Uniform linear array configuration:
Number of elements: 48
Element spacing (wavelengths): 1
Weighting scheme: cosine
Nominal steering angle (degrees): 60
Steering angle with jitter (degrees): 59.945
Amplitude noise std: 0.05
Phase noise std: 0.05

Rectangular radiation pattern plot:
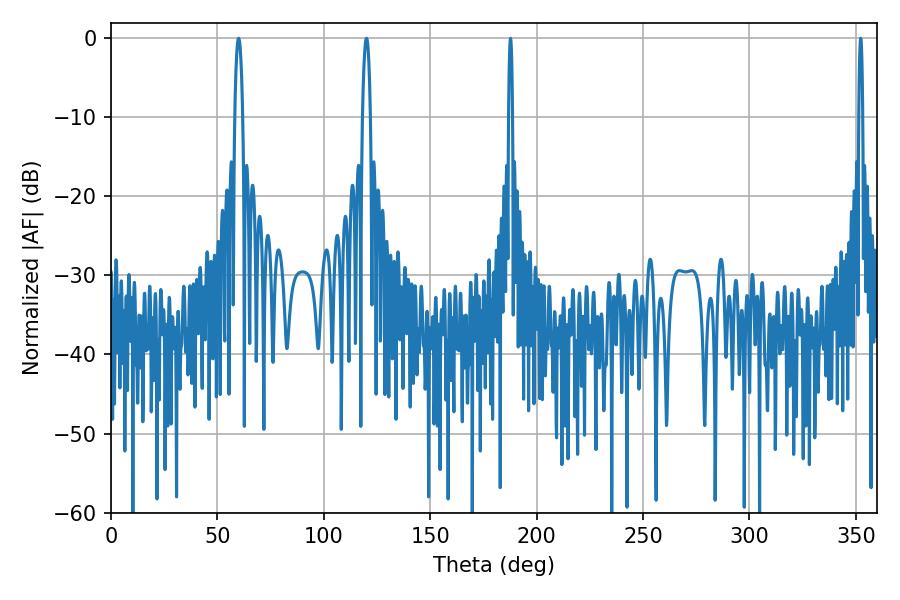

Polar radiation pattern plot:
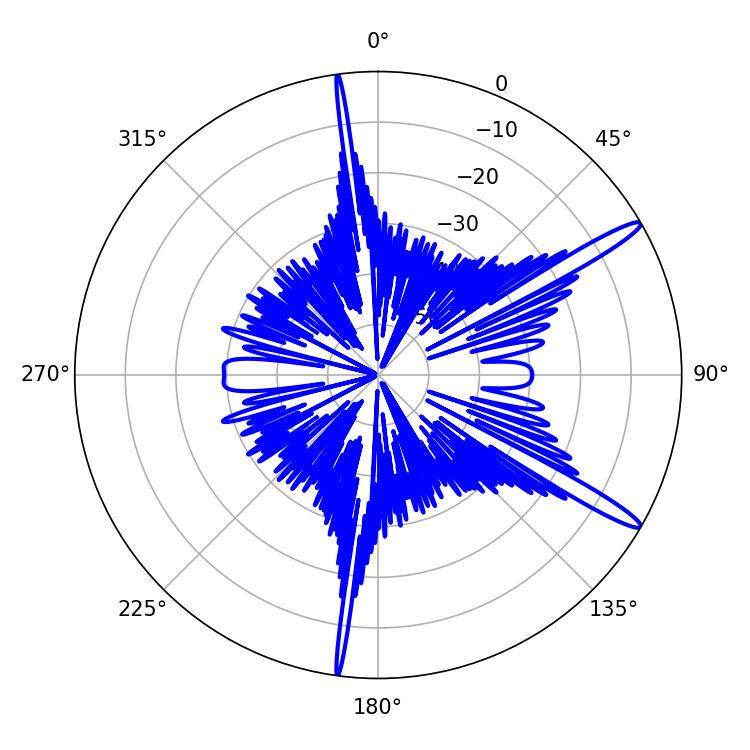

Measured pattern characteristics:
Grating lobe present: TRUE
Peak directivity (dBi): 14.777
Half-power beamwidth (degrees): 2.16
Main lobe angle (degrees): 59.94